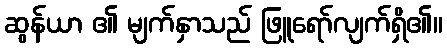
ဆွန်ယာ ၏ မျက်နှာသည် ဖြူရော်လျက်ရှိ၏။